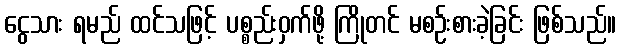
ငွေသား ရမည် ထင်သဖြင့် ပစ္စည်းဝှက်ဖို့ ကြိုတင် မစဉ်းစားခဲ့ခြင်း ဖြစ်သည်။